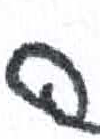
אות: ה